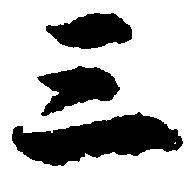
三